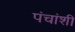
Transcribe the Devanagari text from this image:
पंचांशी